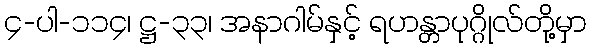
၄-ပါ-၁၁၄၊ ဋ္ဌ-၃၃၊ အနာဂါမ်နှင့် ရဟန္တာပုဂ္ဂိုလ်တို့မှာ